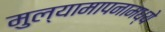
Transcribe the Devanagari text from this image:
मुल्यामापनामध्ये